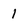
Character: 1